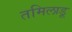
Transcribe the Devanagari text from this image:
तमिलाडू